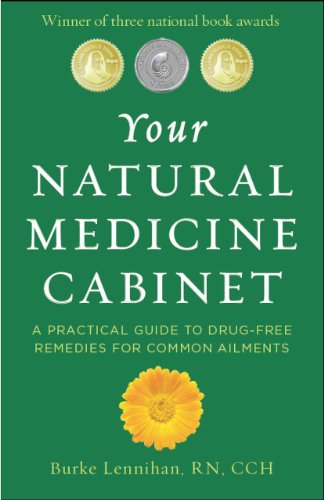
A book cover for Your Natural Medicine Cabinet: A Practical Guide to Drug-Free Remedies for Common Ailments; Burke Lennihan; Health, Fitness & Dieting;